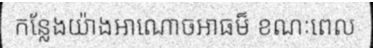
កន្លែងយ៉ាងអាណោចអាធម៏ ខណៈពេល